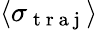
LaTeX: \langle\sigma_{\mathrm{~t~r~a~j~}}\rangle